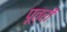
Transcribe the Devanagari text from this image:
पूत्रों